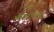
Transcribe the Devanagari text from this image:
भोवतालाचे